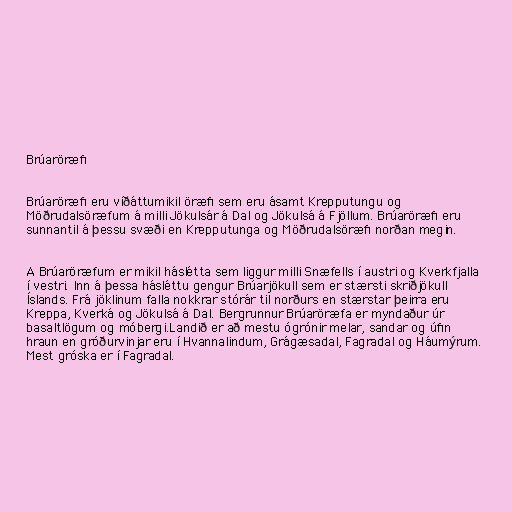
Brúaröræfi

Brúaröræfi eru víðáttumikil öræfi sem eru ásamt Krepputungu og
Möðrudalsöræfum á milli Jökulsár á Dal og Jökulsá á Fjöllum. Brúaröræfi eru
sunnantil á þessu svæði en Krepputunga og Möðrudalsöræfi norðan megin.

A Brúaröræfum er mikil háslétta sem liggur milli Snæfells í austri og Kverkfjalla
í vestri. Inn á þessa hásléttu gengur Brúarjökull sem er stærsti skriðjökull
Íslands. Frá jöklinum falla nokkrar stórár til norðurs en stærstar þeirra eru
Kreppa, Kverká og Jökulsá á Dal. Bergrunnur Brúaröræfa er myndaður úr
basaltlögum og móbergi.Landið er að mestu ógrónir melar, sandar og úfin
hraun en gróðurvinjar eru í Hvannalindum, Grágæsadal, Fagradal og Háumýrum.
Mest gróska er í Fagradal.